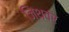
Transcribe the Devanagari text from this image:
जिथवर